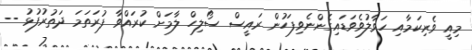
މިއީ ވެރިކަމާއި ހަވާލުވެވަޑައިގެންނެވިފަހުން ރައީސް ސޯލިހް ލާމަށް ކުރައްވާ ފުރަތަމަ ދަތުރުފުޅު --